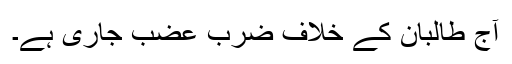
آج طالبان کے خلاف ضرب عضب جاری ہے۔